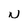
Character: N